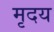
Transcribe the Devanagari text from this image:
मृदय